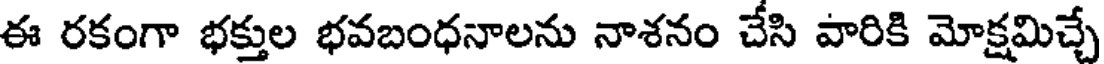
ఈ రకంగా భక్తుల భవబంధనాలను నాశనం చేసి వారికి మోక్షమిచ్చే